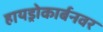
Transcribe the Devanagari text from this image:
हायड्रोकार्बनवर